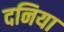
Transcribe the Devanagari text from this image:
दनिया